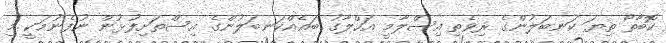
ކޮބާތޯ ތިޔަ ކަނބަލުންގެ ރިވެތި އިސްލާމީ އަހްލާގު ބައެއްކަނބަލުންގެ އިސްތަށިފުުޅުން ނުފެނުމަކީ މި